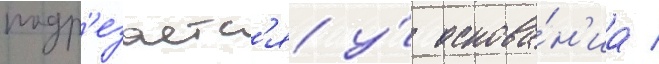
подр'езаетс'я у́ основа́н'иа /